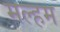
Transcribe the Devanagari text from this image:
मल्हम